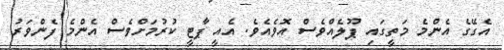
އެގޭގެ އެންމެ މަތީގައި ޕޫލެއްވެސް އޮވެއެވެ. އެއީ ޕާޓީ ކުރުމަށްވެސް އެންމެ ފެންވަރު